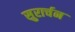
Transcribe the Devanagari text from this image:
सुरार्चन